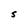
Character: S